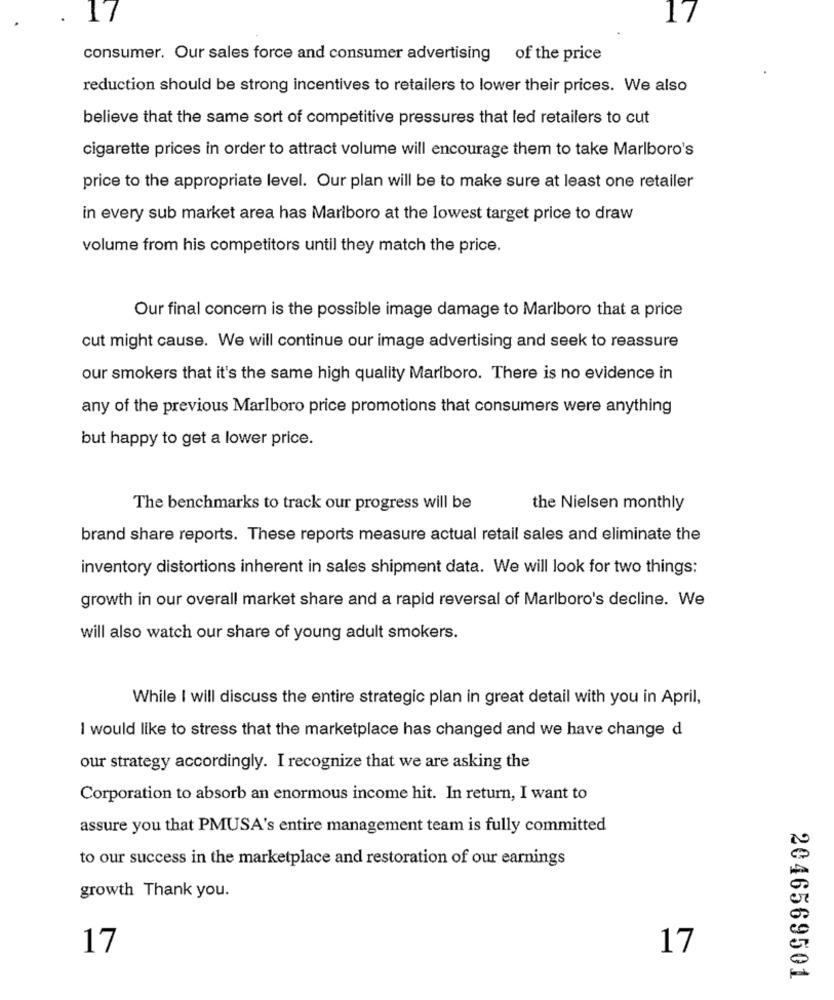
consumer. Our sales force and consumer advertising of the price
reduction should be strong incentives to retailers to lower their prices. We also
believe that the same sort of competitive pressures that led retailers to cut
cigarette prices in order to attract volume will encourage them to take Marlboro's
price to the appropriate level. Our plan will be to make sure at least one retailer
in every sub market area has Marlboro at the lowest target price to draw
volume from his competitors until they match the price.
Our final concern is the possible image damage to Marlboro that a price
cut might cause. We will continue our image advertising and seek to reassure
our smokers that it's the same high quality Marlboro. There is no evidence in
any of the previous Marlboro price promotions that consumers were anything
but happy to get a lower price.
The benchmarks to track our progress will be
the Nielsen monthly
brand share reports. These reports measure actual retail sales and eliminate the
inventory distortions inherent in sales shipment data. We will look for two things:
growth in our overall market share and a rapid reversal of Marlboro's decline. We
will also watch our share of young adult smokers.
While I will discuss the entire strategic plan in great detail with you in April,
I would like to stress that the marketplace has changed and we have change d
our strategy accordingly. I recognize that we are asking the
Corporation to absorb an enormous income hit. In return, I want to
assure you that PMUSA's entire management team is fully committed
to our success in the marketplace and restoration of our earnings
growth Thank you.
17
17
2046569501